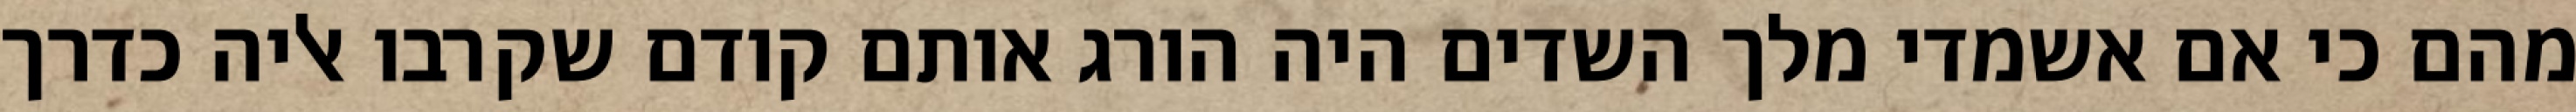
מהם כי אם אשמדי‏ מלך השדים היה הורג אותם קודם שקרבו אליה כדרך